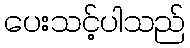
ပေးသင့်ပါသည်